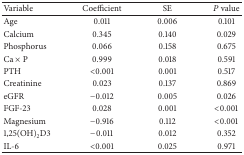
<table><thead><tr><td><b>Variable</b></td><td><b>Coefficient</b></td><td><b>SE</b></td><td><b><i>P</i> value</b></td></tr></thead><tbody><tr><td>Age</td><td>0.011</td><td>0.006</td><td>0.101</td></tr><tr><td>Calcium</td><td>0.345</td><td>0.140</td><td>0.029</td></tr><tr><td>Phosphorus</td><td>0.066</td><td>0.158</td><td>0.675</td></tr><tr><td>Ca × P</td><td>0.999</td><td>0.018</td><td>0.591</td></tr><tr><td>PTH</td><td>&lt;0.001</td><td>0.001</td><td>0.517</td></tr><tr><td>Creatinine</td><td>0.023</td><td>0.137</td><td>0.869</td></tr><tr><td>eGFR</td><td>−0.012</td><td>0.005</td><td>0.026</td></tr><tr><td>FGF-23</td><td>0.028</td><td>0.001</td><td>&lt;0.001</td></tr><tr><td>Magnesium</td><td>−0.916</td><td>0.112</td><td>&lt;0.001</td></tr><tr><td>1,25(OH)<sub>2</sub>D3</td><td>−0.011</td><td>0.012</td><td>0.352</td></tr><tr><td>IL-6</td><td>&lt;0.001</td><td>0.025</td><td>0.971</td></tr></tbody></table>